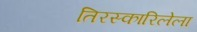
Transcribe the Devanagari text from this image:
तिरस्कारिलेला